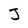
Character: J